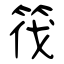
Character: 筏